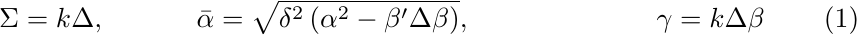
\begin{align}
&\Sigma =k \Delta , &&\bar{\alpha} =\sqrt{\delta^{2} \left( \alpha^{2} -\beta' \Delta \beta \right)}, &&&\gamma=k\Delta \beta
\end{align}